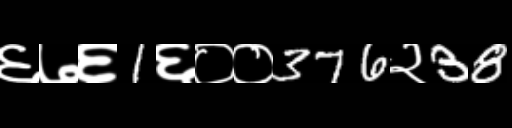
Text: ६७६1६००376२38